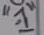
Text: "-1"